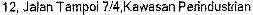
12, JALAN TAMPOI 7/4,KAWASAN PERINDUSTRIAN